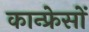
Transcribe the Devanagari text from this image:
कान्फ्रेसों